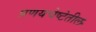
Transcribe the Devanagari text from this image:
प्रणयचेष्टेतील